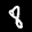
Label: 8